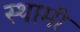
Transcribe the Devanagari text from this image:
स्थामी